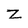
Character: z